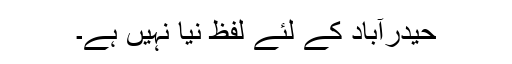
حیدرآباد کے لئے لفظ نیا نہیں ہے۔